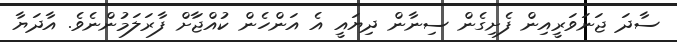
ސާދަ ޖަނަވަރީއިން ފެށިގެން ސިނާން ދިޔައީ އެ އަންހެން ކުއްޖާަށް ފާރަލަމުންނެވެ. އާދަޔާ